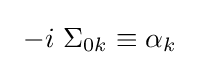
\ -i\ \Sigma _{0k}\equiv {\mathsf {\alpha }}_{k}\